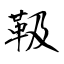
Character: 靸